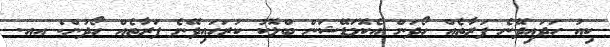
ކިއު ހަދައިދޭނެ ފަރާތެއް ހޯދަން އެކޮމަޑޭޝަން ބްލޮކު ކުރަހައިދޭނެ ފަރާތެއް ހޯދުން: އއ.